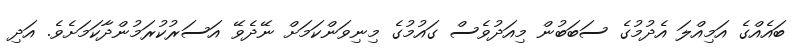
ބައެއްގެ އަމިއްލަ އެދުމުގެ ސަބަބުން މިއަދުވެސް ގައުމުގެ މިނިވަންކަމަށް ނޭދެވޭ އަސަރުކުރަމުންދާކަމަށެވެ. އަދި